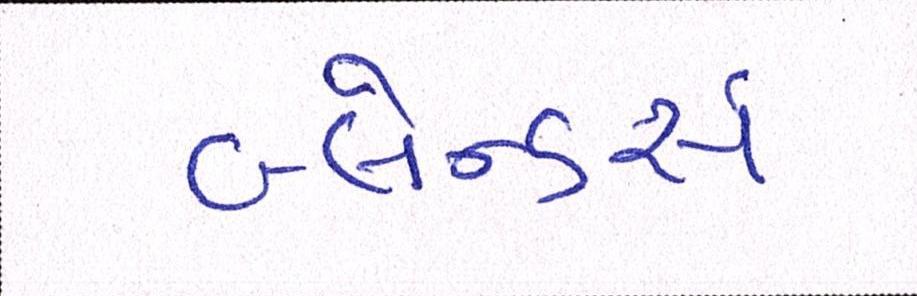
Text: બ્લેન્ડર્સ